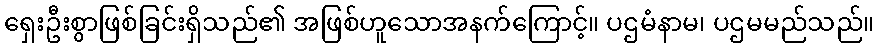
ရှေးဦးစွာဖြစ်ခြင်းရှိသည်၏ အဖြစ်ဟူသောအနက်ကြောင့်။ ပဌမံနာမ၊ ပဌမမည်သည်။